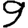
Digit: 9